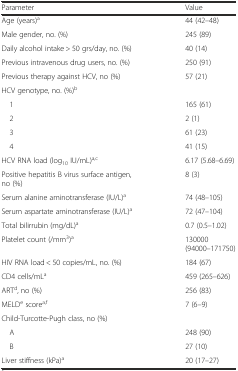
| Parameter | Value |
 | --- | --- |
 | Age (years)a | 44 (42–48) |
 | Male gender, no. (%) | 245 (89) |
 | Daily alcohol intake > 50 grs/day, no. (%) | 40 (14) |
 | Previous intravenous drug users, no. (%) | 250 (91) |
 | Previous therapy against HCV, no (%) | 57 (21) |
 | HCV genotype, no. (%)b |  |
 | 1 | 165 (61) |
 | 2 | 2 (1) |
 | 3 | 61 (23) |
 | 4 | 41 (15) |
 | HCV RNA load (log10 IU/mL)a,c | 6.17 (5.68–6.69) |
 | Positive hepatitis B virus surface antigen, no (%) | 8 (3) |
 | Serum alanine aminotransferase (IU/L)a | 74 (48–105) |
 | Serum aspartate aminotransferase (IU/L)a | 72 (47–104) |
 | Total bilirrubin (mg/dL)a | 0.7 (0.5–1.02) |
 | Platelet count (/mm3)a | 130000 (94000–171750) |
 | HIV RNA load < 50 copies/mL, no. (%) | 184 (67) |
 | CD4 cells/mLa | 459 (265–626) |
 | ARTd, no (%) | 256 (83) |
 | MELDe scorea,f | 7 (6–9) |
 | Child-Turcotte-Pugh class, no (%) |  |
 | A | 248 (90) |
 | B | 27 (10) |
 | Liver stiffness (kPa)a | 20 (17–27) |